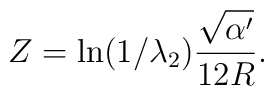
Z=\ln(1/{\lambda_2}){{\sqrt{\alpha'}}\over{12 R}}.